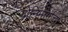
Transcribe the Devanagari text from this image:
योनिमार्गाचा